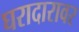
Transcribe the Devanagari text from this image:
घरादारावर